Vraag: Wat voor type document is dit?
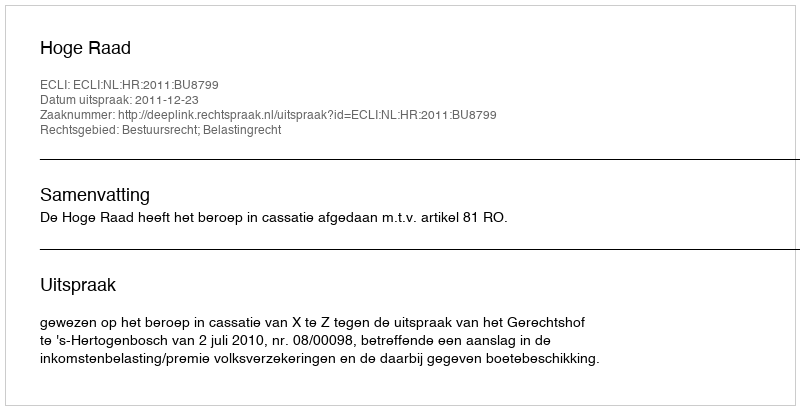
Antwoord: Uitspraak